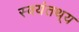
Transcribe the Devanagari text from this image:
स्वयंतथ्‌य